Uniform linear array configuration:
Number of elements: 64
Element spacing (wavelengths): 0.5
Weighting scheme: kaiser
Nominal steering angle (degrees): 45
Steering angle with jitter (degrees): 43.463
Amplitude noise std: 0.05
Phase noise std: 0.05

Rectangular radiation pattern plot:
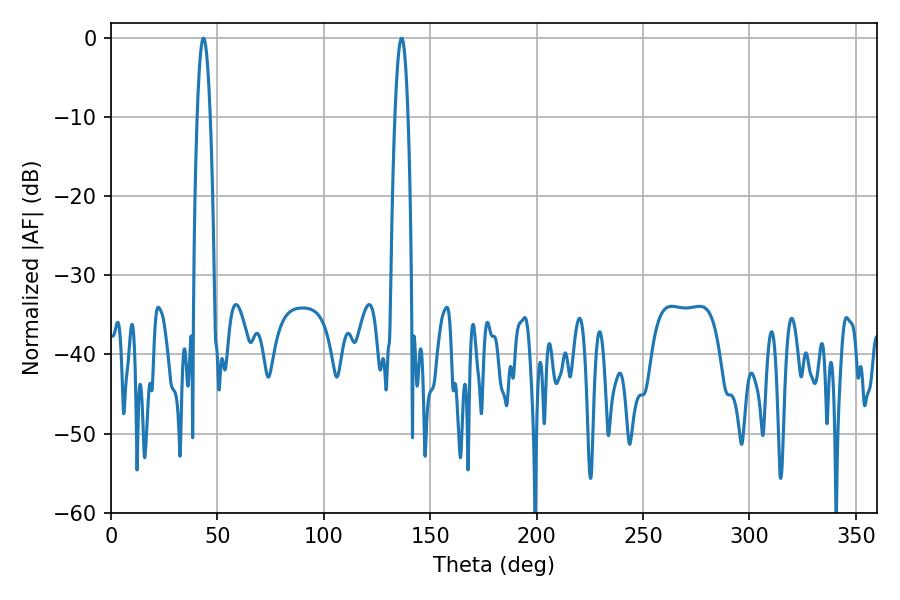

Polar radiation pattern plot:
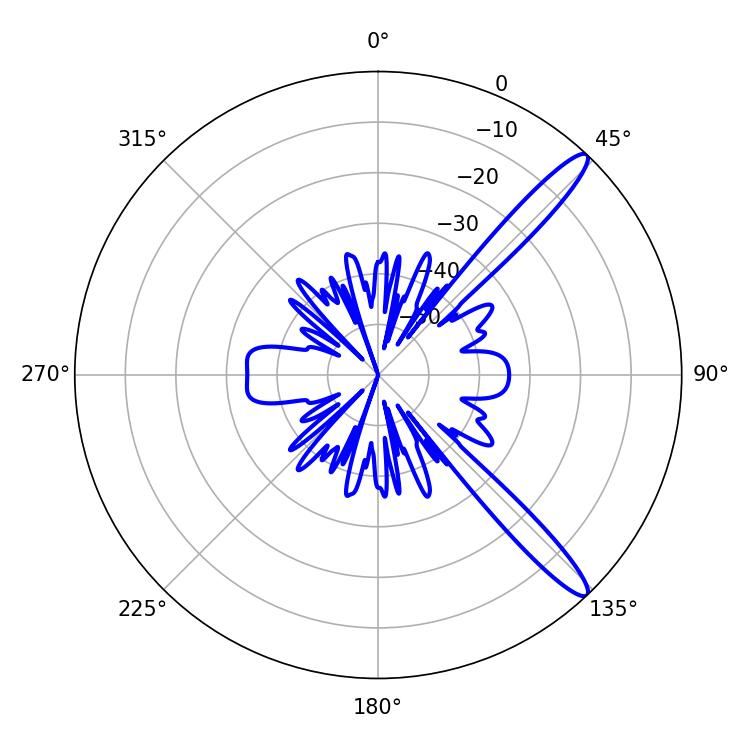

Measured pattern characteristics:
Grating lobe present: FALSE
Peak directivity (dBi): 13.539
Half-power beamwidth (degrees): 3.42
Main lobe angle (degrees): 43.38